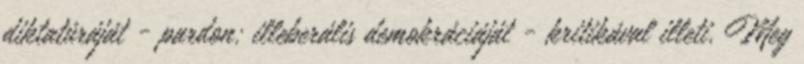
diktatúráját - pardon: illeberális demokráciáját - kritikával illeti. Meg